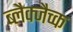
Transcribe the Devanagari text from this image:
ब्लैक्जैच्क